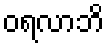
ဝရလာဘိ